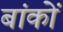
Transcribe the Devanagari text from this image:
बांकों